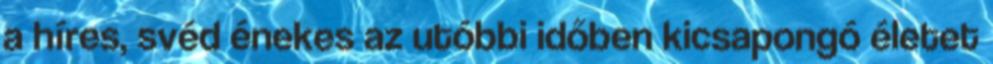
a híres, svéd énekes az utóbbi időben kicsapongó életet